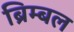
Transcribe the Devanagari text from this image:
ब्रिम्बल